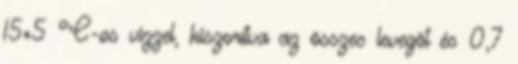
15±5 °C-os vízzel, kiszorítva az összes levegõt és 0,7